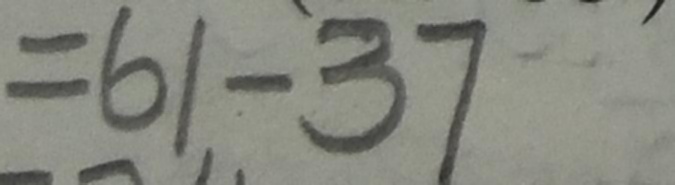
= 6 1 - 3 7